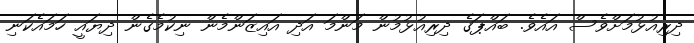
ދިރިއުޅުމަށްވެސް އައެވެ. ބައްޕަގެ ދިރިއުޅުމުން މަންމަ އަދި އައިޒަންމެން ނިކުމެގެން ދިޔައީ ހަމައެކަނި